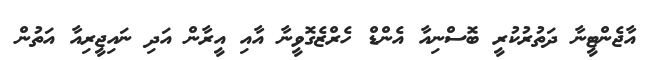
އާޖެންޓީނާ ދަތުރުކުރީ ބޮސްނިއާ އެންޑް ހެރްޒެގޮވީނާ އާއި އީރާން އަދި ނައިޖީރިއާ އަތުން